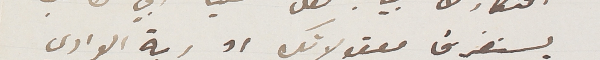
يستفرش  معقولاتك او ربة الوادي